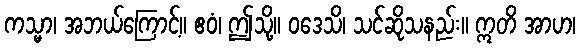
ကသ္မာ၊ အဘယ်ကြောင့်။ ဧဝံ၊ ဤသို့။ ဝဒေသိ၊ သင်ဆိုသနည်း။ ဣတိ အာဟ၊